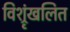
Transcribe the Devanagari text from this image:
विश्रृंखलित